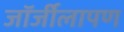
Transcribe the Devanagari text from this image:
जॉर्जीलापण